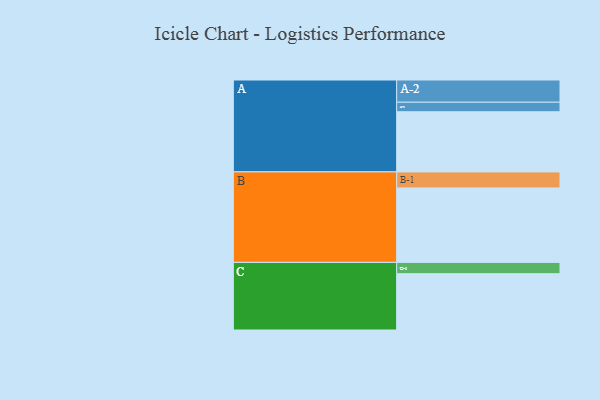
{"axis": {"x": "Segment", "y": "Value"}, "legend": ["", "A", "B", "C"], "data": [{"x": "A", "y": 441, "type": ""}, {"x": "B", "y": 546, "type": ""}, {"x": "C", "y": 413, "type": ""}, {"x": "A-1", "y": 70, "type": "A"}, {"x": "A-2", "y": 163, "type": "A"}, {"x": "B-1", "y": 118, "type": "B"}, {"x": "C-1", "y": 83, "type": "C"}]}